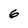
Character: 6